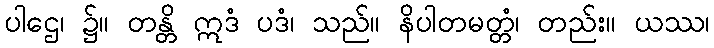
ပါဌေ၊ ၌။ တန္တိ ဣဒံ ပဒံ၊ သည်။ နိပါတမတ္တံ၊ တည်း။ ယဿ၊